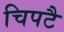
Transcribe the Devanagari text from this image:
चिपटै